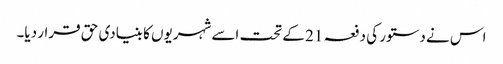
اس نے دستور کی دفعہ 21 کے تحت اسے شہریوں کا بنیادی حق قرار دیا۔